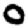
Digit: 0